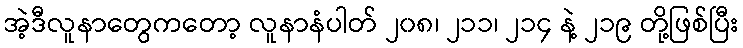
အဲ့ဒီလူနာတွေကတော့ လူနာနံပါတ် ၂၀၈၊ ၂၁၁၊ ၂၁၄ နဲ့ ၂၁၉ တို့ဖြစ်ပြီး